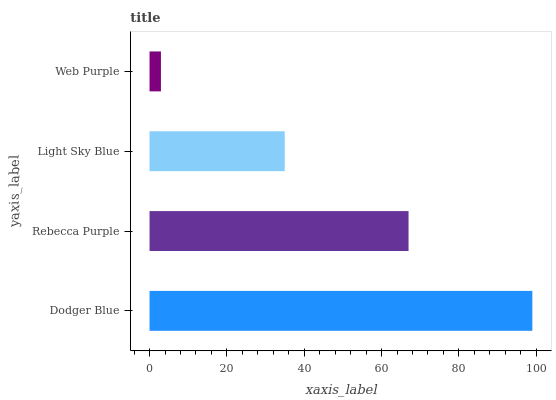
| yaxis_label | bars |
 | --- | --- |
 | Dodger Blue | 99 |
 | Rebecca Purple | 67 |
 | Light Sky Blue | 35 |
 | Web Purple | 2.95 |